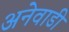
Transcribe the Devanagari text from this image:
अनेवाडी